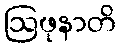
ဩဖုနာတိ